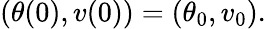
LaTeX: \begin{array}{r}{(\theta(0),v(0))=(\theta_{0},v_{0}).}\end{array}